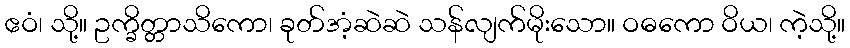
ဧဝံ၊ သို့။ ဥက္ခိတ္တာသိကော၊ ခုတ်အံ့ဆဲဆဲ သန်လျက်မိုးသော။ ဝဓကော ဝိယ၊ ကဲ့သို့။